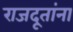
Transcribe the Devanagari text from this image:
राजदूतांना